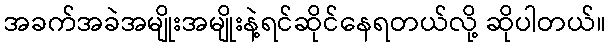
အခက်အခဲအမျိုးအမျိုးနဲ့ရင်ဆိုင်နေရတယ်လို့ ဆိုပါတယ်။